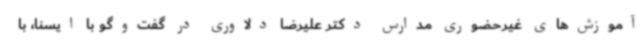
آموزش‌های غیرحضوری مدارس دکتر علیرضا دلاوری در گفت‌وگو با ایسنا، با